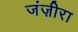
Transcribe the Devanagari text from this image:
जंज़ीरा